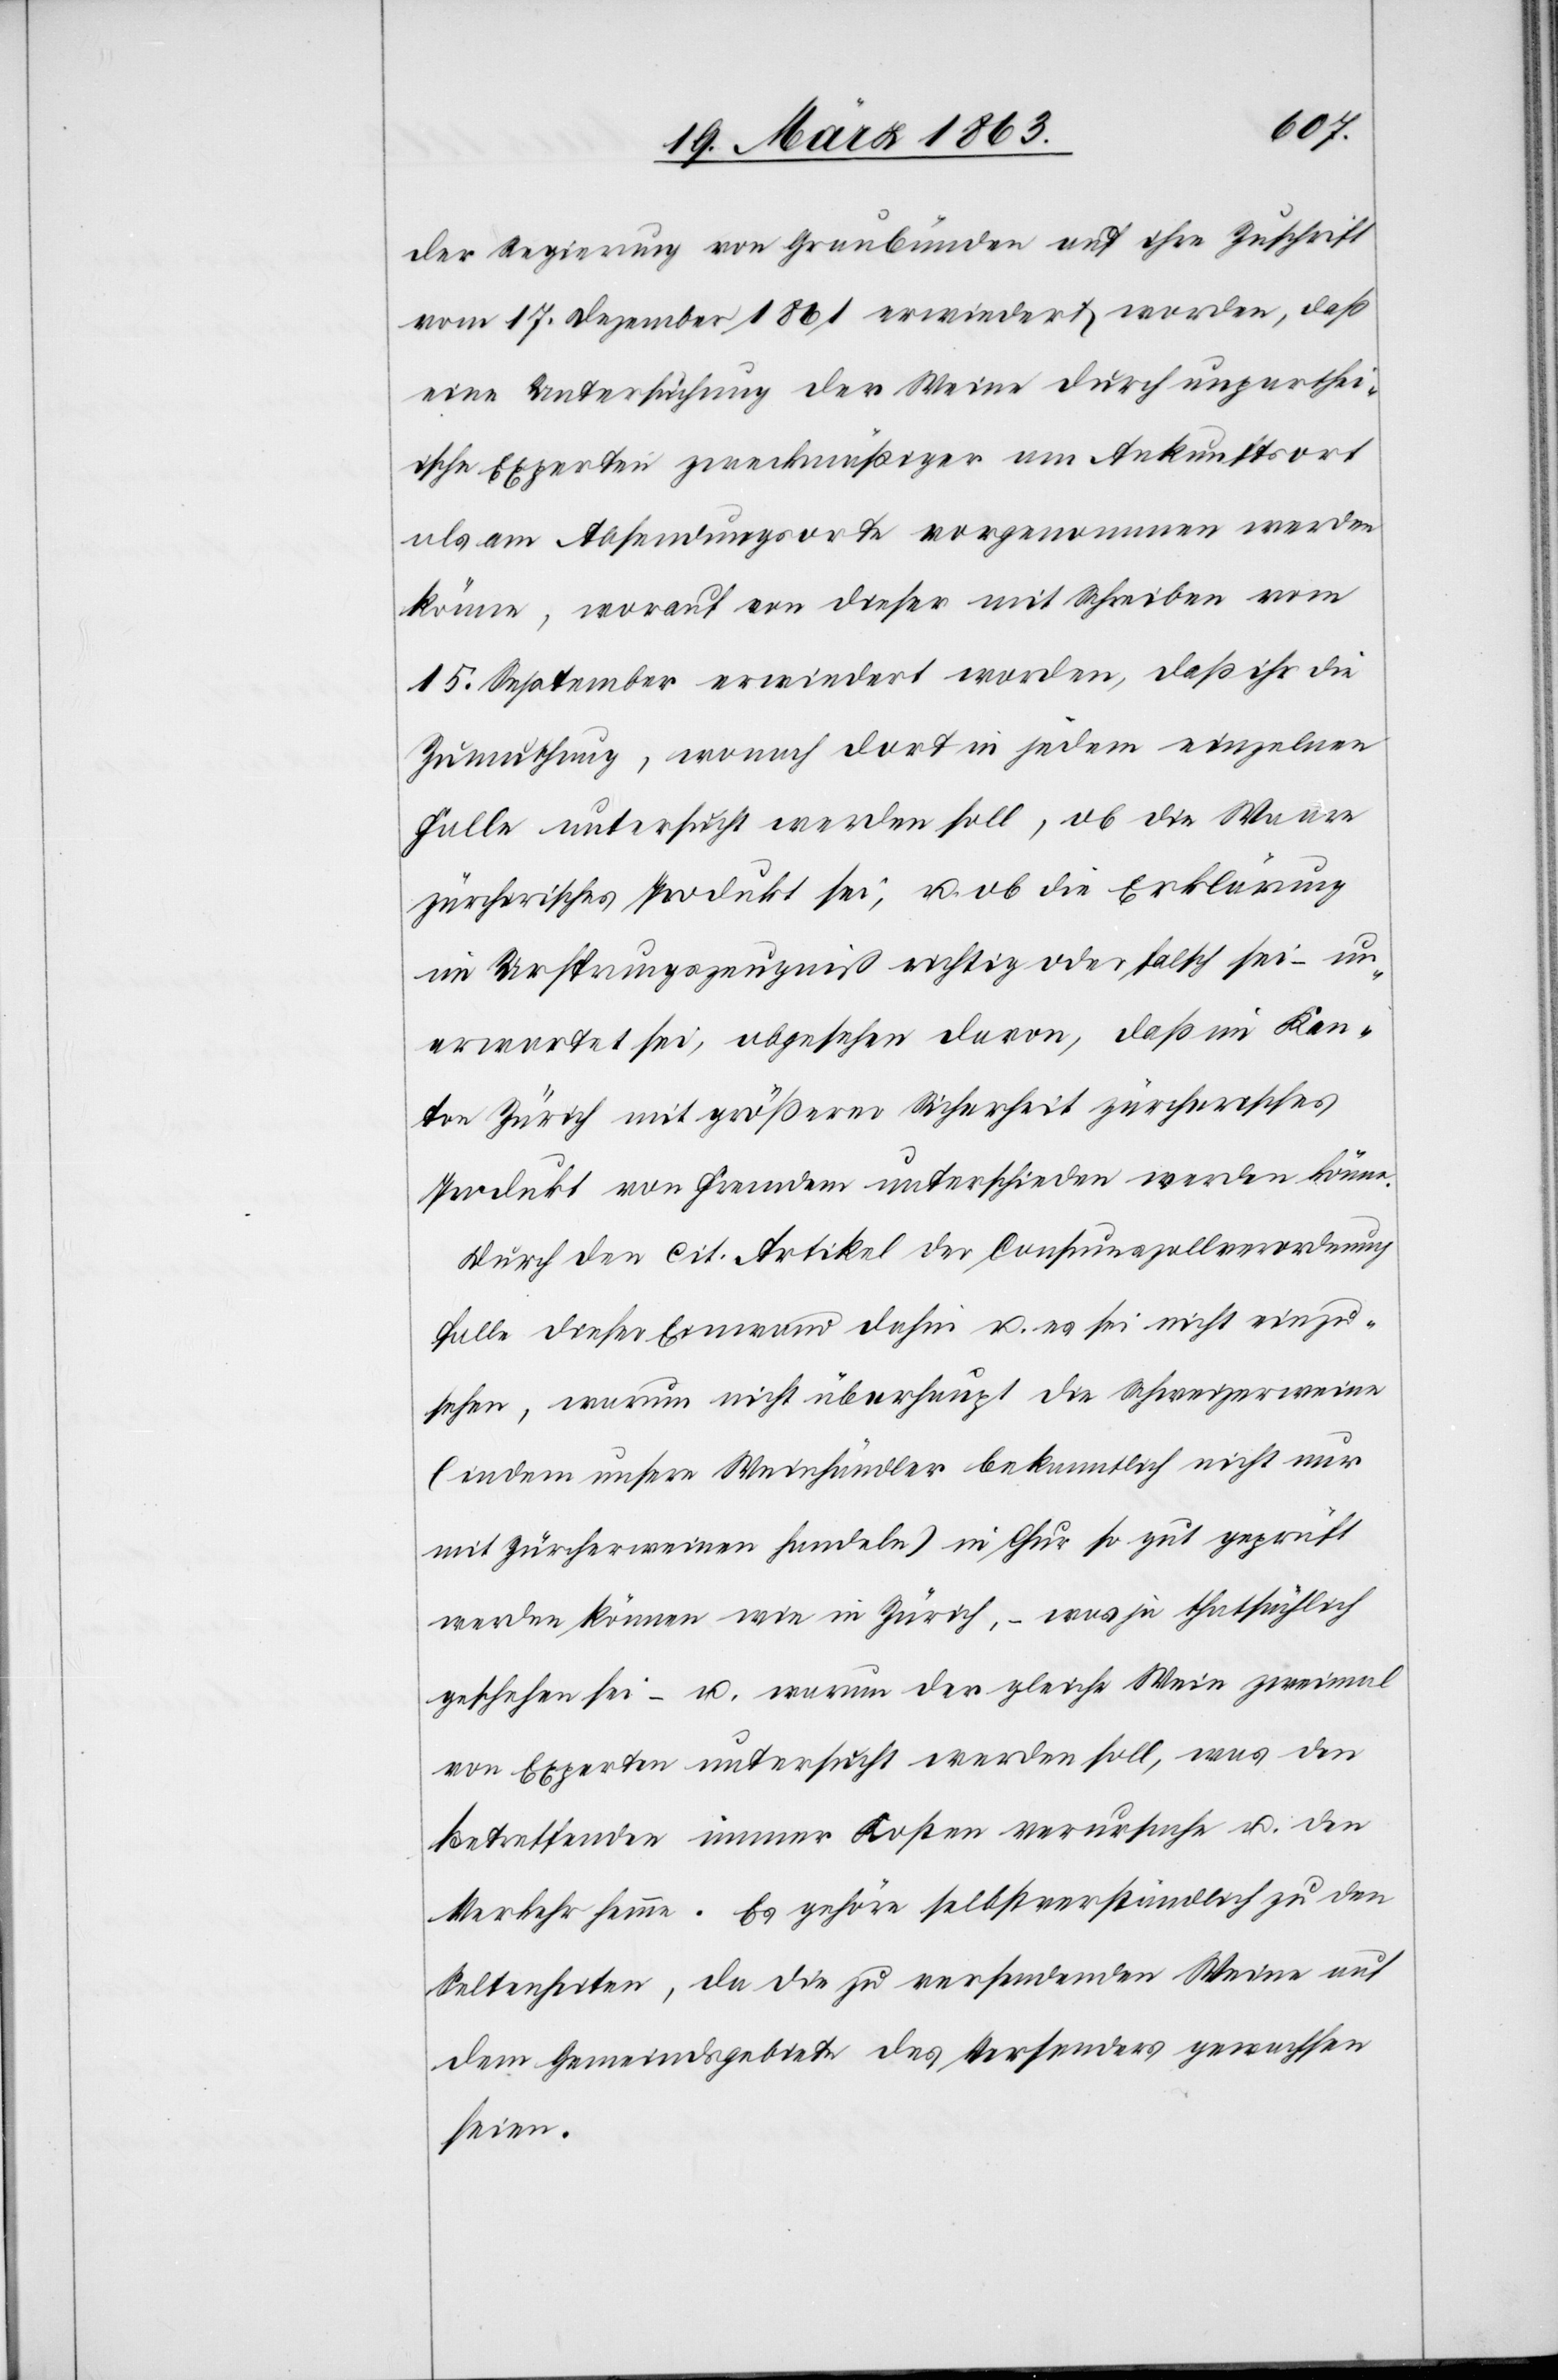
der Regierung von Graubünden auf ihre Zuschrift
vom 17. Dezember 1861 erwiedert worden, daß
eine Untersuchung der Weine durch unparthei¬
ische Experten zweckmäßiger am Ankunftsort
als am Absendungsorte vorgenommen werden
könne, worauf von dieser mit Schreiben vom
15. September erwiedert worden, daß ihr die
Zumuthung, wonach dort in jedem einzelnen
Falle untersucht werden soll, ob die Waare
zürcherisches Produkt sei, u. ob die Erklärung
im Ursprungszeugniß richtig oder falsch sei – un¬
erwartet sei, abgesehen davon, daß im Kan¬
ton Zürich mit größerer Sicherheit zürcherisches
Produkt von Fremdem unterschieden werden könne.
Durch den cit. Artikel der Consumszollverordnung
falle dieser Einwand dahin u. es sei nicht einzu¬
sehen, warum nicht überhaupt die Schweizerweine
(indem unsere Weinhändler bekanntlich nicht nur
mit Zürcherweinen handeln) in Chur so gut geprüft
werden können wie in Zürich, – was ja thatsächlich
geschehen sei – u. warum der gleiche Wein zweimal
von Experten untersucht werden soll, was den
Betreffenden immer Kosten verursache u. den
Verkehr hemme. Es gehöre selbstverständlich zu den
Seltenheiten, da die zu versendenden Weine auf
dem Gemeindsgebiete des Versenders gewachsen
seien.